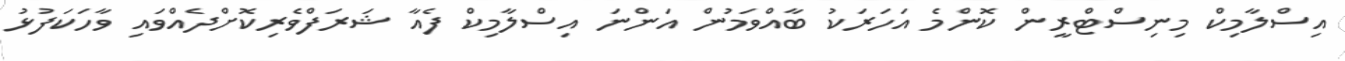
އިސްލާމިކް މިނިސްޓްރީން ކޮންމެ އަހަރަކު ބާއްވަމުން އަންނަ އިސްލާމިކް ފެއާ ޝަރަފްވެރިކޮށްދެއްވައި ވާހަކަފުޅު